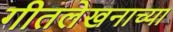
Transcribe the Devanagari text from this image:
गीतलेखनाच्या